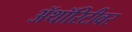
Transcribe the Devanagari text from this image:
ॲथॉरिटीवर